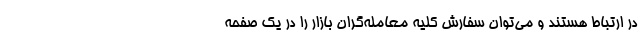
در ارتباط هستند و می‌توان سفارش کلیه‌ معامله‌گران بازار را در یک صفحه